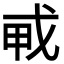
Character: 𢦦